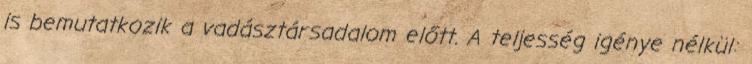
is bemutatkozik a vadásztársadalom előtt. A teljesség igénye nélkül: